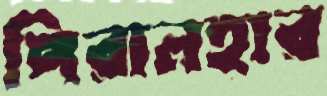
পিরানহার